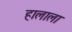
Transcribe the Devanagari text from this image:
हालाला